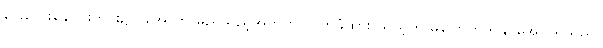
ခြေလေးချောင်းတွင်း၌ ငအောကို မည်သည့်အတွက် လက်ခံထား သည့်ဟု မပြောတတ်နိုင်အောင်ရှိသည်။